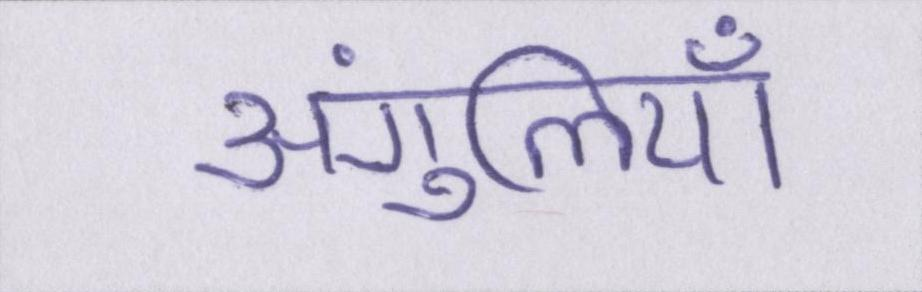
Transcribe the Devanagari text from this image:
अंगुलियाँ